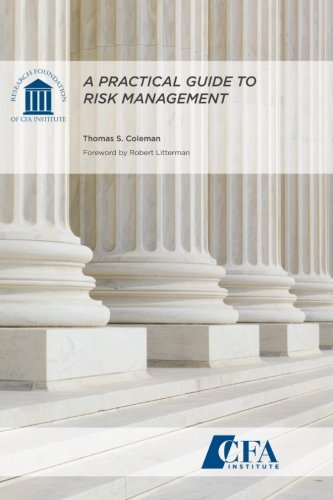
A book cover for A Practical Guide to Risk Management; Thomas S. Coleman; Business & Money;